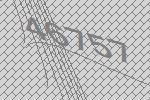
46757